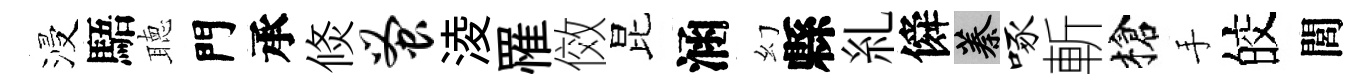
浸䮏聴門承倐蚤淩罹傚昆涵幻縣糺僢蓁啄斬槍手皎閭